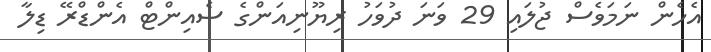
އެހެން ނަމަވެސް ޖުލައި 29 ވަނަ ދުވަހު ރިޔޫނިއަންގެ ސެއިންޓް އެންޑްރޭ ޑިލާ